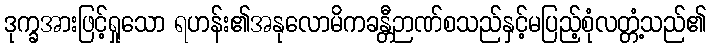
ဒုက္ခအားဖြင့်ရှုသော ရဟန်း၏အနုလောမိကခန္တီဉာဏ်စသည်နှင့်မပြည့်စုံလတ္တံ့သည်၏